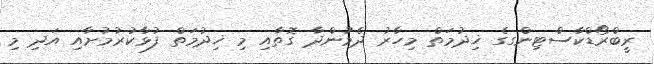
ރީބްރޯޑްކާސްޓިންގގެ ޚިދުމަތް މިހާރު ދެމުންދާ ގޮތާއި މި ޚިދުމަތް ފުޅާކުރުމުށާއި އަދި މި